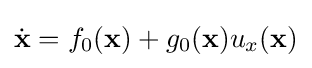
{\dot {\mathbf {x} }}=f_{0}(\mathbf {x} )+g_{0}(\mathbf {x} )u_{x}(\mathbf {x} )